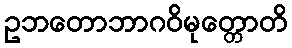
ဥဘတောဘာဂဝိမုတ္တောတိ